Vaccination in the Punjab 1897-1904 - 1897-1904
Year: 1897
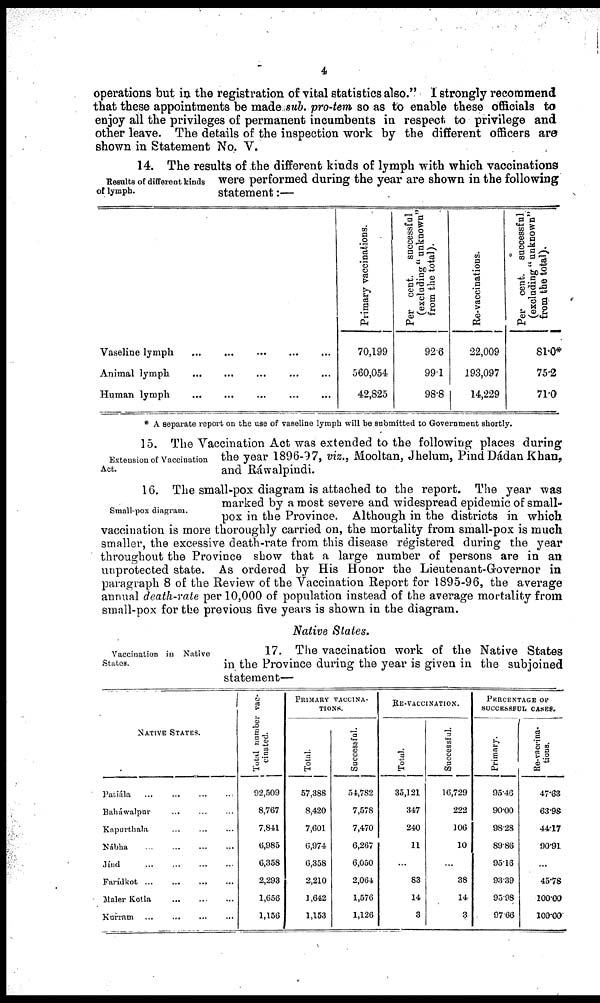
4
operations but in the registration of vital statistics also." I strongly recommend
that these appointments be made sub. pro-tem so as to enable these officials to
enjoy all the privileges of permanent incumbents in respect to privilege and
other leave. The details of the inspection work by the different officers are
shown in Statement No. V.
Results of different kinds
of lymph.
14. The results of the different kinds of lymph with which vaccinations
were performed during the year are shown in the following
statement:—
Vaseline lymph ... ... ... ... ...
Animal lymph ... ... ... ... ...
Human lymph ... ... ... ... ...
Primary vaccinations.
70,199
560,054
42,825
Per cent.
successful
(excluding " unknown"
from the total).
92.6
99.1
98.8
Re-vaccinations.
22,009
193,097
14,229
Per cent. successful
(excluding " unknown"
from the total).
81.0*
75.2
71.0
* A separate report on the use of vaseline lymph will be submitted to Government shortly.
Extension of Vaccination
Act.
15. The Vaccination Act was extended to the following places during
the year 1896-97, viz., Mooltan, Jhelum, Pind Dádan Khan,
and Ráwalpindi.
Small-pox diagram.
16. The small-pox diagram is attached to the report. The year was
marked by a most severe and widespread epidemic of small-
pox in the Province. Although in the districts in which
vaccination is more thoroughly carried on, the mortality from small-pox is much
smaller, the excessive death-rate from this disease registered during the year
throughout the Province show that a large number of persons are in an
unprotected state. As ordered by His Honor the Lieutenant-Governor in
paragraph 8 of the Review of the Vaccination Report for 1895-96, the average
annual death-rate per 10,000 of population instead of the average mortality from
small-pox for the previous five years is shown in the diagram.
Native States.
Vaccination in Native
States.
17. The vaccination work of the Native States
in the Province during the year is given in the subjoined
statement—
NATIVE STATES.
Patiála
Baháwalpur
Kapurthala
Nábha
Jínd
Farídkot
Maler Kotla
Kurram
Total number vac-
cinated.
92,509
8,767
7,841
6,985
6,358
2,293
1,656
1,156
PRIMARY VACCINA¬
-----.
Total.
57,388
8,420
7,601
6,974
6,358
2,210
1,642
1,153
Successful.
54,782
7,578
7,470
6,267
6,050
2,064
1,576
1,126
RE-VACCINATION.
Total.
35,121
347
240
11
...
83
14
3
Successful.
16,729
222
106
10
...
38
14
3
PERCENTAGE OF
SUCCESSFUL CASES.
Primary.
95.46
90.00
98.28
89.86
95.16
93.39
95.98
97.66
Re-vaccina¬
tions.
47.63
63.98
44.17
90.91
...
45.78
100.00
100.00